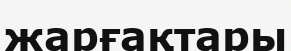
жарғақтары